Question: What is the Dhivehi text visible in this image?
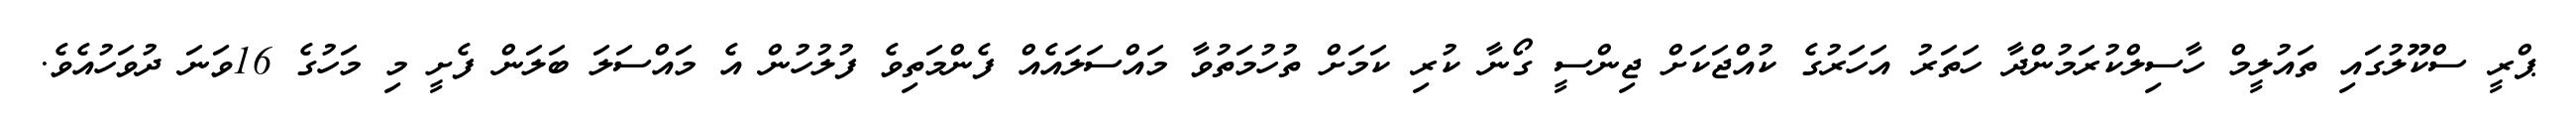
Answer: ޕްރީ ސްކޫލުގައި ތައުލީމް ހާސިލްކުރަމުންދާ ހަތަރު އަހަރުގެ ކުއްޖަކަށް ޖިންސީ ގޯނާ ކުރި ކަމަށް ތުހުމަތުވާ މައްސަލައެއް ފެންމަތިވެ ފުލުހުން އެ މައްސަލަ ބަލަން ފެށީ މި މަހުގެ 16ވަނަ ދުވަހުއެވެ.